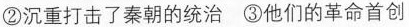
②沉重打击了秦朝的统治③他们的革命首创